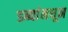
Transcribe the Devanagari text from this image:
डब्यांमधून